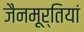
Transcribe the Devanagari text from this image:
जैनमूर्तियां